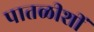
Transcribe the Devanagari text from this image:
पातळीशीं